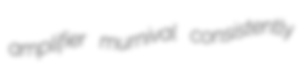
amplifier murnival consistently